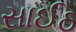
સાઈઠ